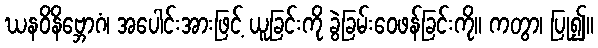
ဃနဝိနိဗ္ဘောဂံ၊ အပေါင်းအားဖြင့် ယူခြင်းကို ခွဲခြမ်းဝေဖန်ခြင်းကို။ ကတွာ၊ ပြု၍။